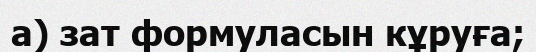
а) зат формуласын кұруға;